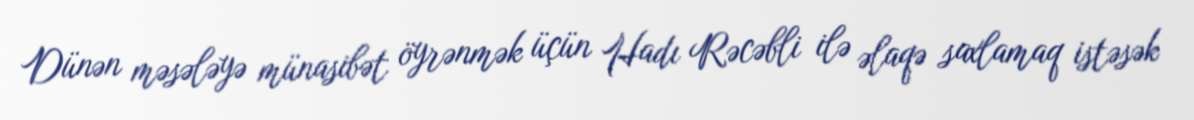
Dünən məsələyə münasibət öyrənmək üçün Hadı Rəcəbli ilə əlaqə saxlamaq istəsək